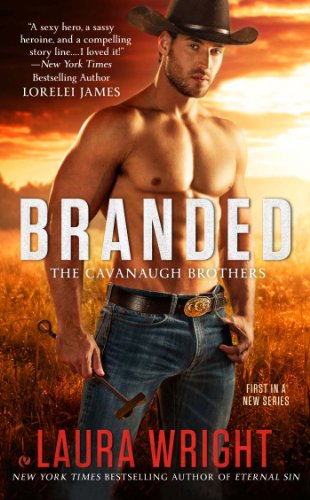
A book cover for Branded: The Cavanaugh Brothers; Laura Wright; Romance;